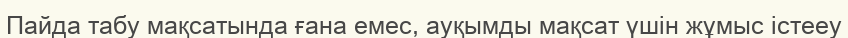
Пайда табу мақсатында ғана емес, ауқымды мақсат үшін жұмыс істееу